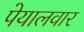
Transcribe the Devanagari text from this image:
पेयालवार